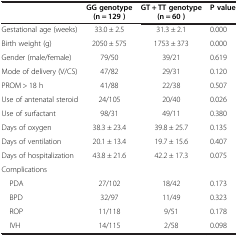
|  | GG genotype(n = 129 ) | GT + TT genotype(n = 60 ) | P value |
 | --- | --- | --- | --- |
 | Gestational age (weeks) | 33.0 ± 2.5 | 31.3 ± 2.1 | 0.000 |
 | Birth weight (g) | 2050 ± 575 | 1753 ± 373 | 0.000 |
 | Gender (male/female) | 79/50 | 39/21 | 0.619 |
 | Mode of delivery (V/CS) | 47/82 | 29/31 | 0.120 |
 | PROM > 18 h | 41/88 | 22/38 | 0.507 |
 | Use of antenatal steroid | 24/105 | 20/40 | 0.026 |
 | Use of surfactant | 98/31 | 49/11 | 0.380 |
 | Days of oxygen | 38.3 ± 23.4 | 39.8 ± 25.7 | 0.135 |
 | Days of ventilation | 20.1 ± 13.4 | 19.7 ± 15.6 | 0.407 |
 | Days of hospitalization | 43.8 ± 21.6 | 42.2 ± 17.3 | 0.075 |
 | Complications |  |  |  |
 | PDA | 27/102 | 18/42 | 0.173 |
 | BPD | 32/97 | 11/49 | 0.323 |
 | ROP | 11/118 | 9/51 | 0.178 |
 | IVH | 14/115 | 2/58 | 0.098 |